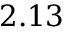
2 . 1 3